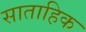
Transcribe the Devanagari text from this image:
साताहिक